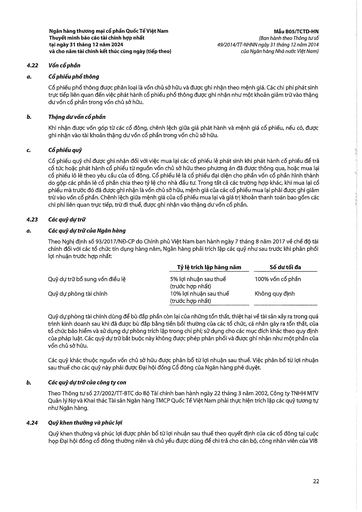
||Tỷ lệ trích lập hàng năm|Số dư tối đa| |---|---|---| |Quỹ dự trữ bổ sung vốn điều lệ|5% lợi nhuận sau thuế (trước hợp nhất)|100% vốn cổ phần| |Quỹ dự phòng tài chính|10% lợi nhuận sau thuế (trước hợp nhất)|Không quy định|